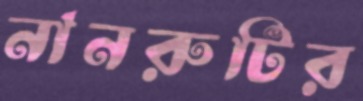
নানরুটির